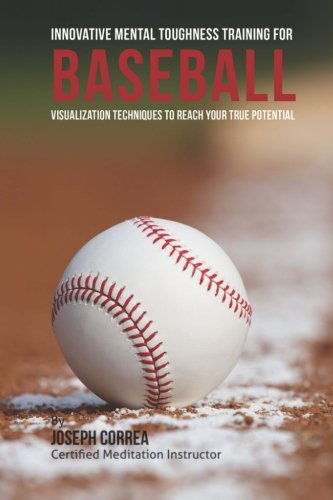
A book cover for Innovative Mental Toughness Training for Baseball: Visualization Techniques to Reach Your True Potential; Joseph Correa (Certified Meditation Instructor); Sports & Outdoors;